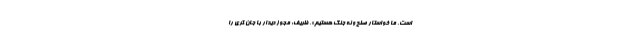
است. ما خواستار صلح و نه جنگ هستیم». ظریف: مجوز دیدار با جان کری را